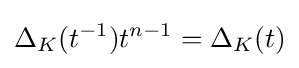
\Delta _{K}(t^{-1})t^{n-1}=\Delta _{K}(t)